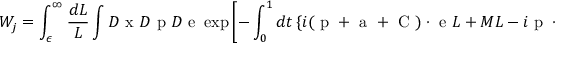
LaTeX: W _ { j } = \int _ { \epsilon } ^ { \infty } \frac { d L } { L } \int { \cal D } { \mathrm { \boldmath ~ x ~ } } { \cal D } { \mathrm { \boldmath ~ p ~ } } { \cal D } { \mathrm { \boldmath ~ e ~ } } \exp \left[ - \int _ { 0 } ^ { 1 } d t \left\{ i ( { \mathrm { \boldmath ~ p ~ } } + { \mathrm { \boldmath ~ a ~ } } + { \mathrm { \boldmath ~ C ~ } } ) \cdot { \mathrm { \boldmath ~ e ~ } } L + M L - i { \mathrm { \boldmath ~ p ~ } } \cdot \dot { { \mathrm { \boldmath ~ x ~ } } } \right\} + i j \Xi [ { \mathrm { \boldmath ~ e ~ } } ] \right] ,